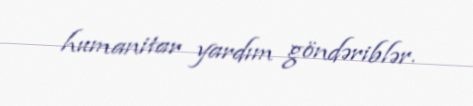
humanitar yardım göndəriblər.